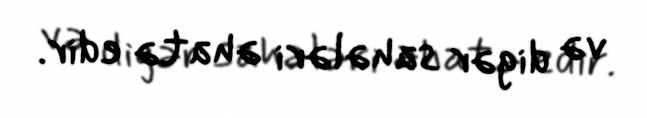
və digər sahələri əhatə edir.